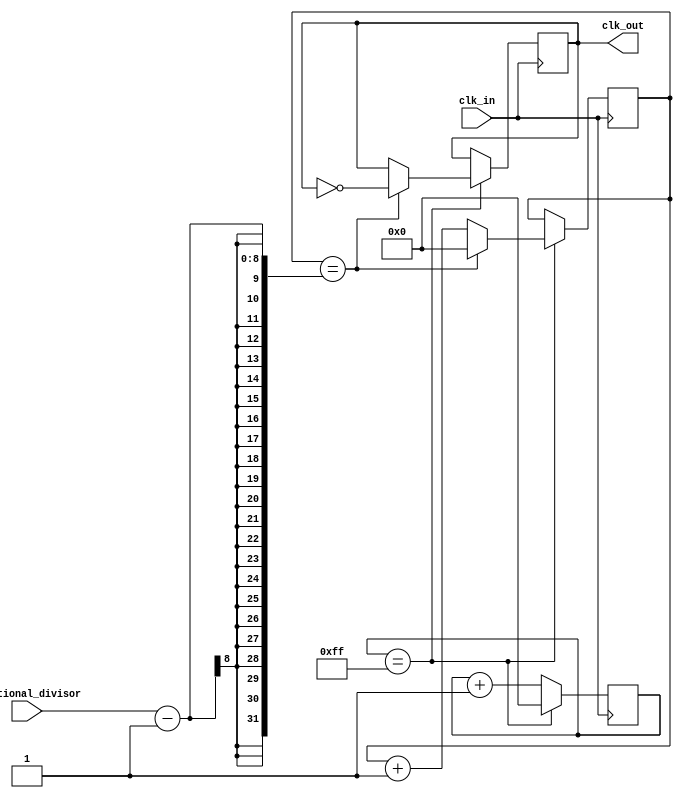
module fractional_clock_divider (
    input wire clk_in,
    input wire [7:0] fractional_divisor,
    output reg clk_out
);

reg [7:0] count;
reg [7:0] fractional_count;

always @(posedge clk_in) begin
    if (count == 8'hFF) begin
        count <= 8'h00;
        if (fractional_count == fractional_divisor - 1) begin
            fractional_count <= 8'h00;
            clk_out <= ~clk_out;
        end else begin
            fractional_count <= fractional_count + 1;
        end
    end else begin
        count <= count + 1;
    end
end

endmodule